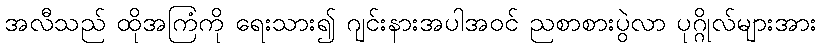
အလီသည် ထိုအကြံကို ရေးသား၍ ဂျင်းနားအပါအဝင် ညစာစားပွဲလာ ပုဂ္ဂိုလ်များအား